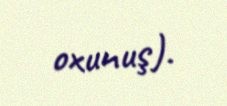
oxunuş).